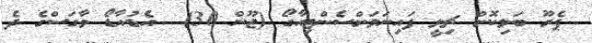
ޕެރޫ ބަލިކޮށް ޗިލީ ފައިނަލަށްސެންޓިއާގޯ (ޖޫން 30)  އެޑުއާޑޯ ވާގަސްގެ ދެ